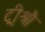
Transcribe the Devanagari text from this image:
ट्रीश्रौ